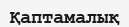
Қаптамалық